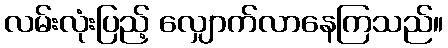
လမ်းလုံးပြည့် လျှောက်လာနေကြသည်။